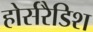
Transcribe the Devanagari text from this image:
होर्सरैडिश